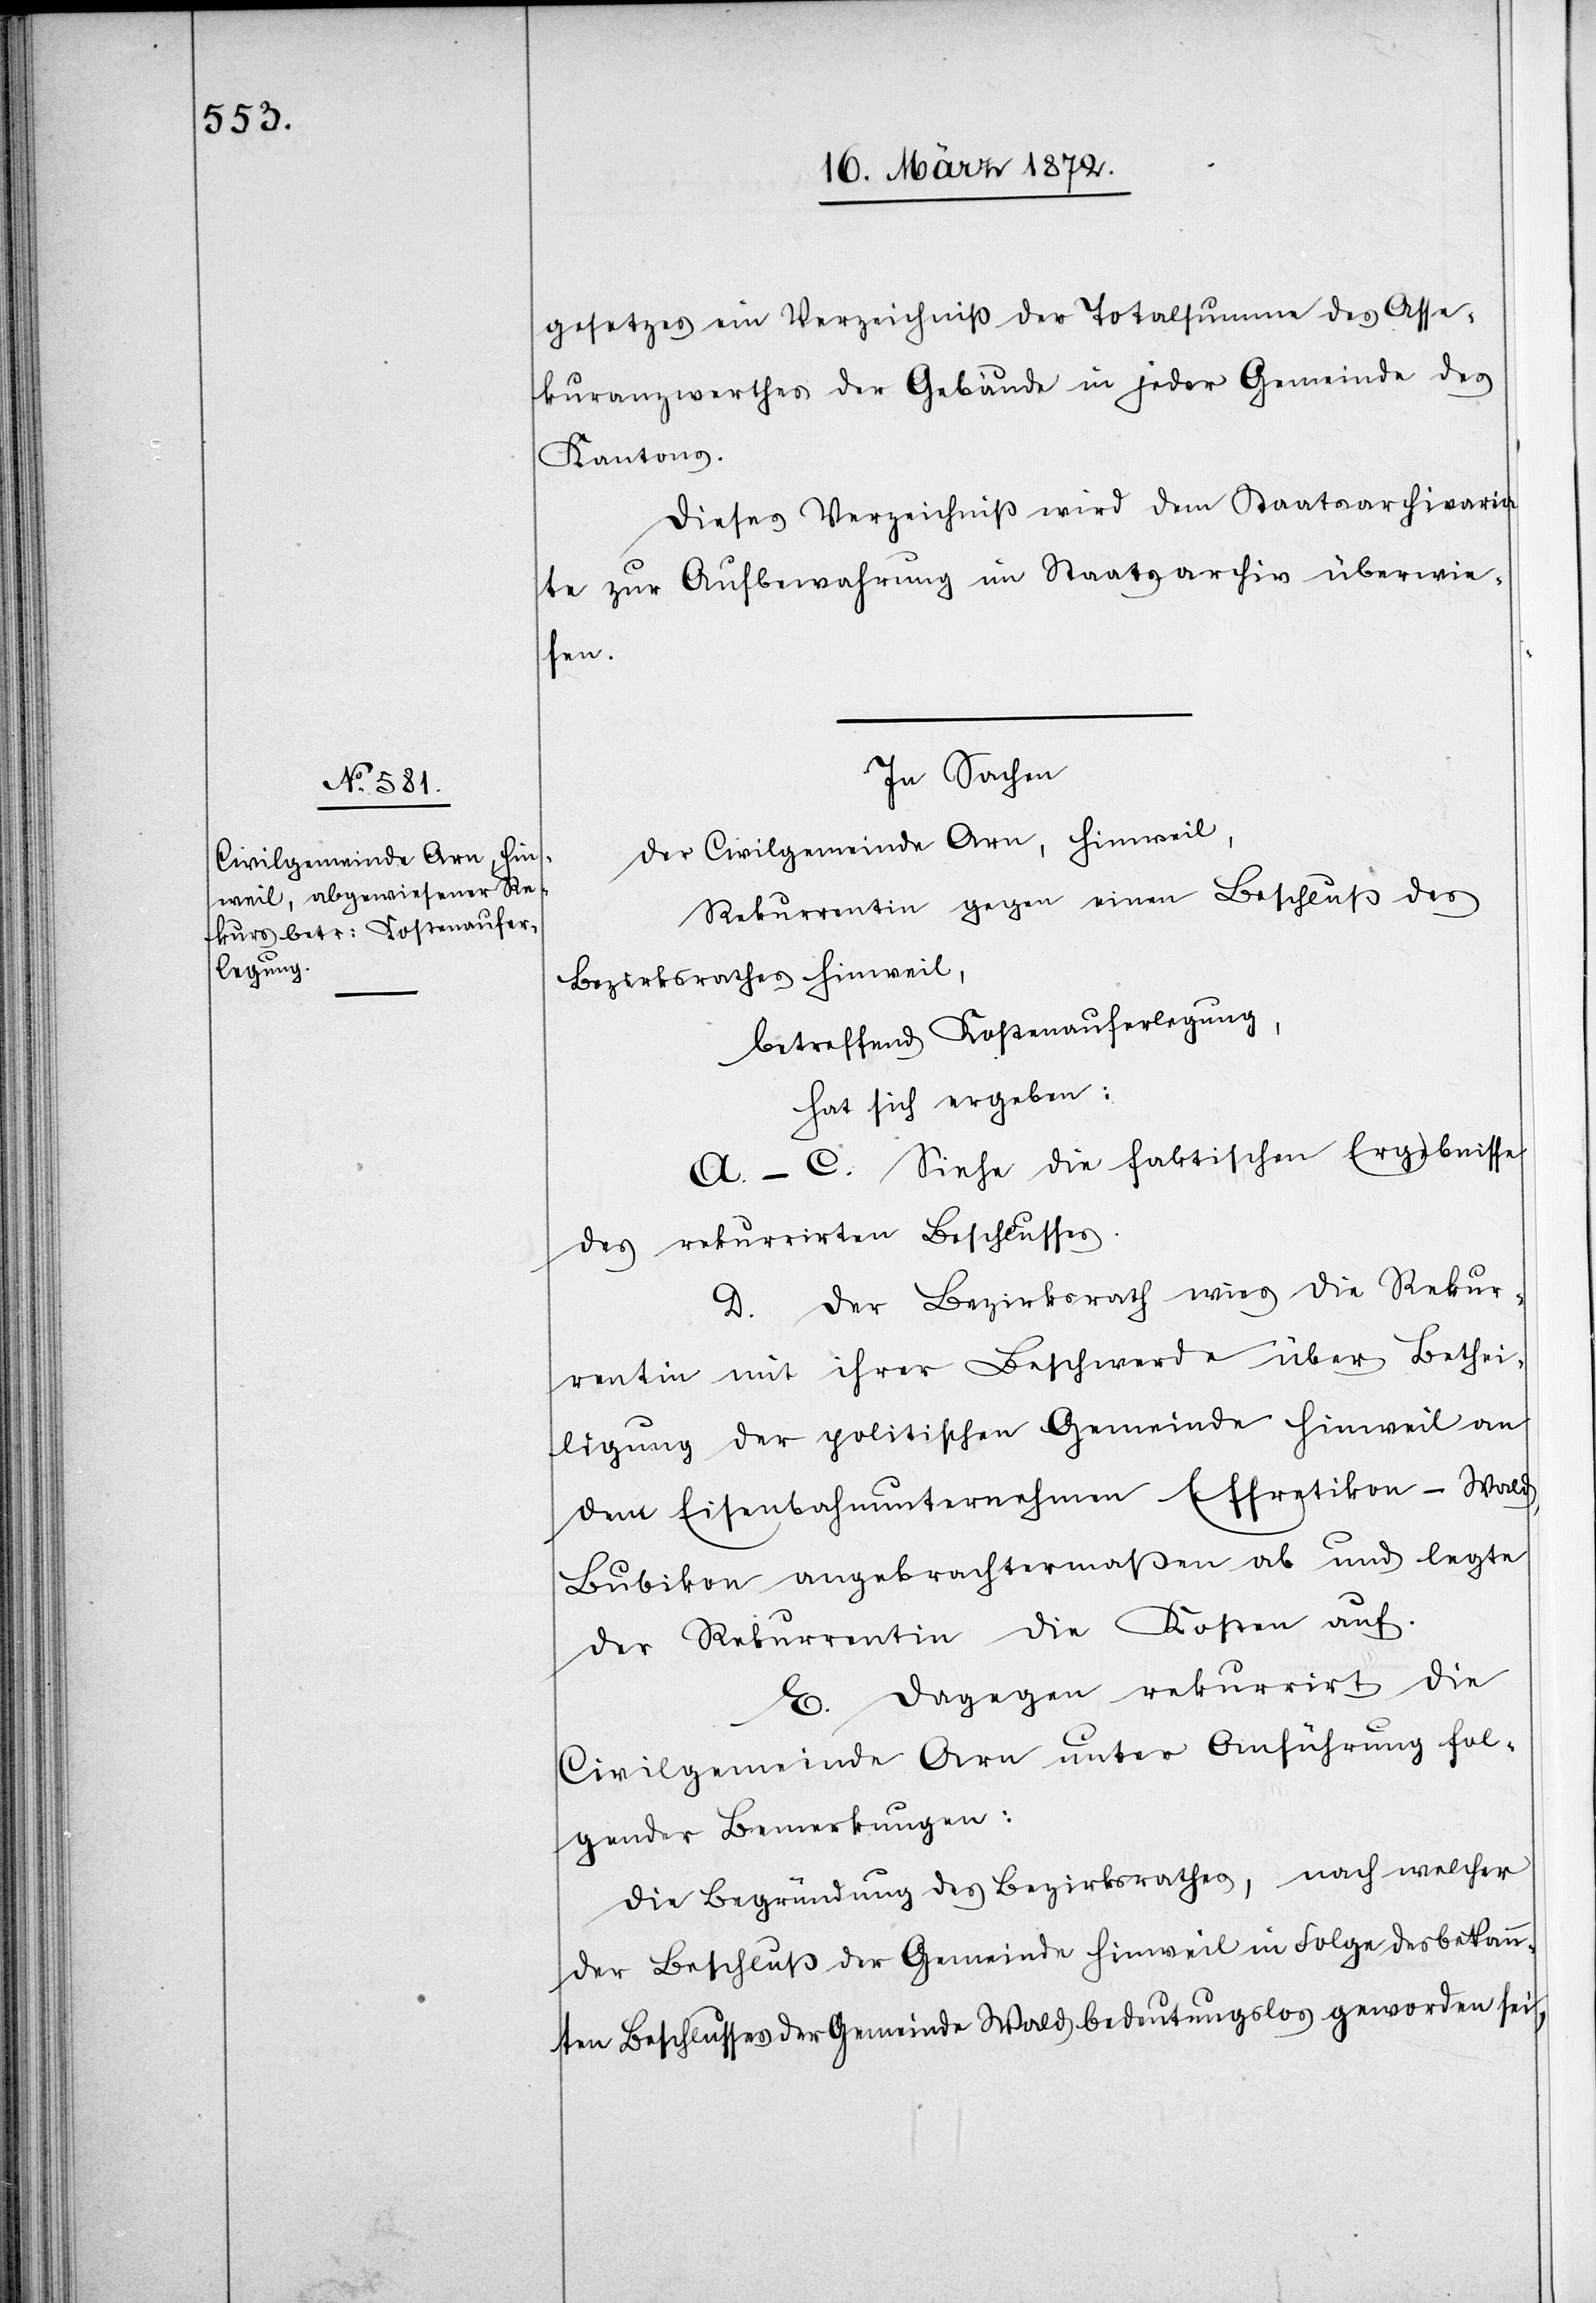
gesetzes ein Verzeichniß der Totalsumme des Asse¬
kuranzwerthes der Gebäude in jeder Gemeinde des
Kantons.
Dieses Verzeichniß wird dem Staatsarchivaria¬
te zur Aufbewahrung im Staatsarchiv überwie¬
sen.
In Sachen
der Civilgemeinde Arn, Hinweil,
Rekurrentin gegen einen Beschluß des
Bezirksrathes Hinweil,
betreffend Kostenauferlegung,
hat sich ergeben:
A.–C. Siehe die faktischen Ergebnisse
des rekurrirten Beschlusses.
D. Der Bezirksrath wies die Rekur¬
rentin mit ihrer Beschwerde über Bethei¬
ligung der politischen Gemeinde Hinweil an
dem Eisenbahnunternehmen Effretikon–Wald,
Bubikon angebrachtermaßen ab und legte
der Rekurrentin die Kosten auf.
E. Dagegen rekurrirt die
Civilgemeinde Arn unter Anführung fol¬
gender Bemerkungen:
Die Begründung des Bezirksrathes, nach welcher
der Beschluß der Gemeinde Hinweil in Folge des bekann¬
ten Beschlusses der Gemeinde Wald bedeutungslos geworden sei,